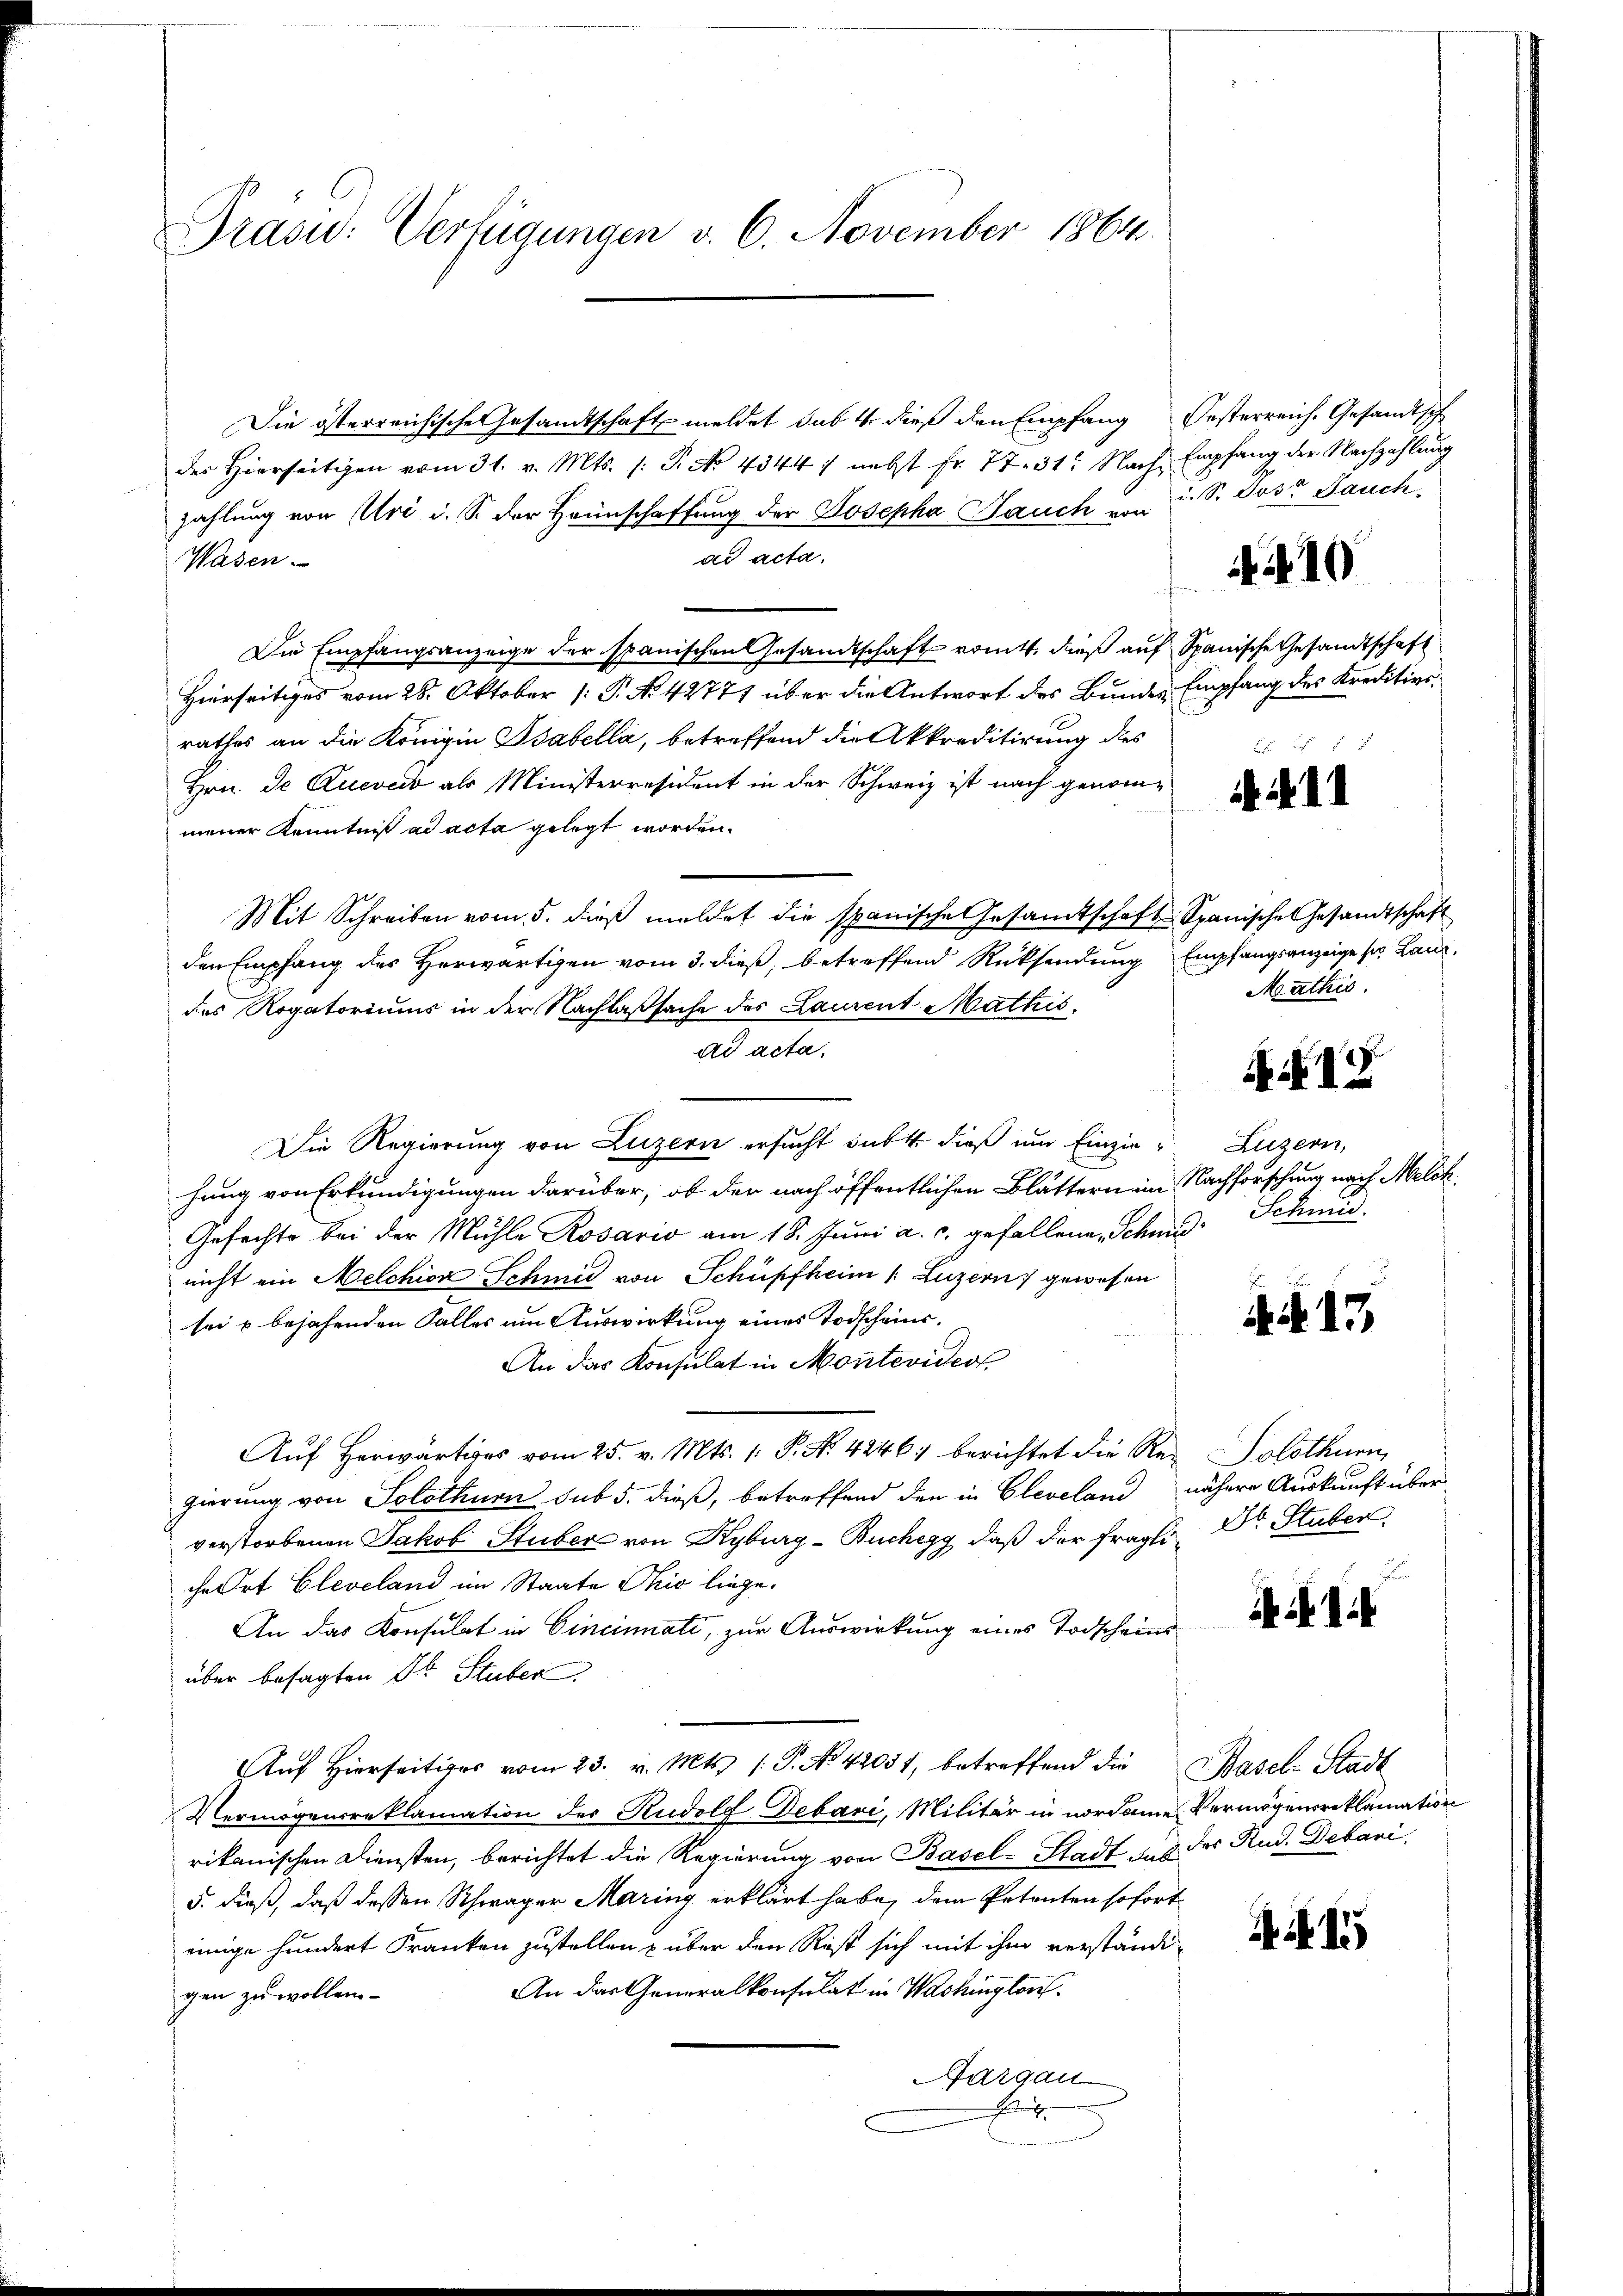
Drasid: Verfügungen v. 6. November 1864.

N 10

Die österreichische Gesandtschaft meldet das 4. dieß den Empfang Oesterreich. Gesandtsch
des Hierseitigen vom 31. v. Mts. (: P. No 4344 nebst Fr. 77. 31. Nach Empfang der Nachzahlung
zahlung von Uri u. S. der Heimschaffung der Josepha Jauch von d. S. Jost Sauck
ad acta.
Wasen.
Die Empfangsanzeige der spanischen Gesandtschaft romtt. dieß auf Spanische Gesandtschaft
Hierseitiges vom 28. Oktober [ P. No 42771 über die Antwort des Bundes Empfang des Kreditierrathes an die Königin Isabella, betreffend die Akkreditirung des
Hrn. De Quere als Ministerresident in der Schweiz ist nach genommener Kenntniß ad acta gelegt worden.
Mit Schreiben vom 5. dieβ meldet die spanische Gesamtschaft Spanische Gesandtschaft
den Empfang des Herwärtigen vom 3. dieß, betreffend Rücksendung Empfangsanzeige ser Landdes Rogatoriums in der Nachlaßsache des Laurent Mathis
ad acta,
Die Regierung von Luzern ersucht subt dieß um Einzie- Luzern,
hung von Erkundigungen darüber, ob der nach öffentlichen Blättern im Nachforschung nach Melch
Gefechte bei der Mühle Rosario am 18. Juni a. c. gefallene Schmid-Schmid
nicht ein Melchion Schmid von Schüpfheim (Luzern gewesen
sei & bejahenden Falles um Auswirkung eines Todscheins¬
. 15
An das Konsulat in Montevideol
Aŭf herwärtiges vom 25. v. Mts. 1. P. Nr. 4246. berichtet die Re-Solothurn,
gierung von Solothurn sub 5. dieß, betreffend den in Cleveland nähere Auskunft über
verstorbenen Jakob Stuber von Kyburg - Buchegg, daß der fragli, Dr. Stuben,
che Ort Cleveland im Staate Ohio liege.
A I.
An das Konsulat in Cincinali, zur Auswirkung eines Todscheinsüber besagten Dr. Stuber
ŭf Hiers vom 23. v. Mts. (T. No 42051, betreffend die Basel-Stadt
Vermögensreklamation der Rudolf Debari, Militär in nordame Vermögensreklamation
rikanischen Diensten, berichtet die Regierung von Basel-Stadt das der Rud. Debari
5. dieß, daß dessen Schwäger Maring erklärt habe, dem Petenten sofort

einige hundert Franken zustellen & über den Rist sich mit ihm verständi-
An das Generalkonsulat in Washington
gen zu wollen.
Aargau
F

. . .

Mathis

K